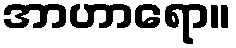
အာဟာရော။